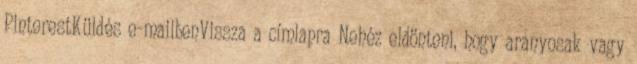
PinterestKüldés e-mailbenVissza a címlapra Nehéz eldönteni, hogy aranyosak vagy